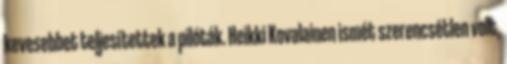
kevesebbet teljesítettek a pilóták. Heikki Kovalainen ismét szerencsétlen volt,